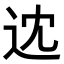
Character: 𨑻